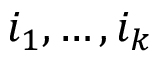
i _ { 1 } , \ldots , i _ { k }